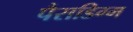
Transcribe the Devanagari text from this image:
पैराडिग्म